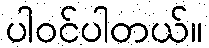
ပါဝင်ပါတယ်။